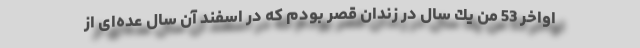
اواخر 53 من یك سال در زندان قصر بودم كه در اسفند آن سال عده‌ای از